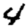
Digit: 4